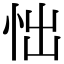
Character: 㤕